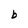
Character: b